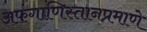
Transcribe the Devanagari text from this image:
अफगाणिस्तानप्रमाणे